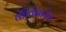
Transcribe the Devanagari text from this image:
कीर्तनानेच